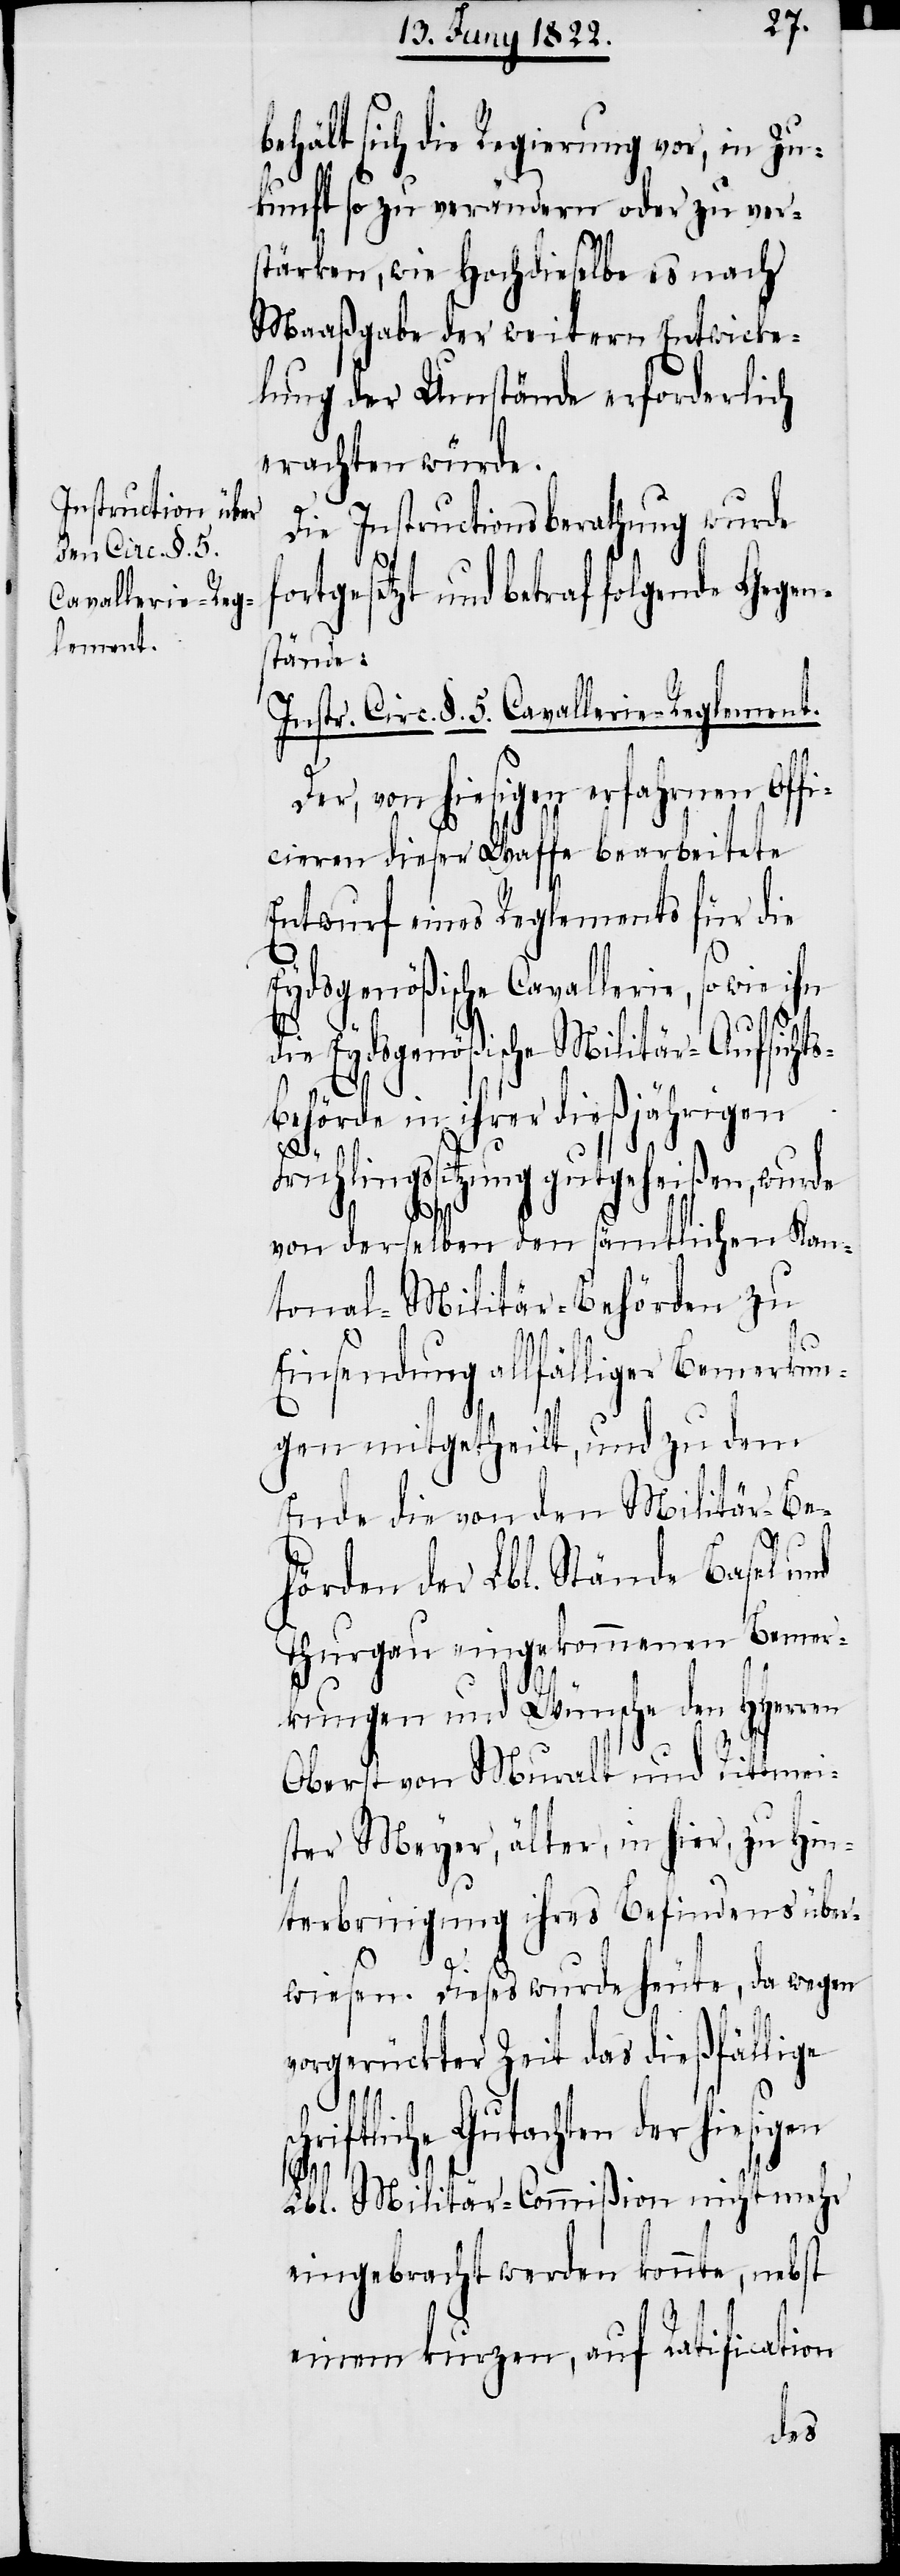
behält sich die Regierung vor, in Zu¬
kunft so zu verändern oder zu ver¬
stärken, wie Hochdieselbe es nach
Maaßgabe der weitern Entwick¬
lung der Umstände erforderlich
erachten würde.
Die Instructionsberathung wurde
fortgesetzt und betraf folgende Gegen¬
stände:
Instr. Circ. §. 5. Cavallerie-Reglement.
Der, von hiesigen erfahrenen Offi¬
cieren dieser Waffe bearbeitete
Entwurf eines Reglements für die
Eydsgenößische Cavallerie, so wie ihn
die Eydsgenößische Militär-Aufsicht¬
ehörde in ihrer dießjährigen
Frühlingssitzung gutgeheißen, wurde
von derselben den sämmtlichen Kan¬
tonal-Militär-Behörden zu
Einsendung allfälligen Bemerkun¬
gen mitgetheilt, und zu dem
Ende die von den Militär-Be¬
hörden der Lbl. Stände Basel und
Thurgau eingekommenen Bemer¬
kungen und Wünsche den HHerren
Oberst von Muralt und Rittmei¬
ster Meyer, älter, in hier, zu Hin¬
terbringung ihres Befindens über¬
wiesen. Dieses wurde heute, da wegen
vorgerückter Zeit das dießfällige
chriftliche Gutachten der hiesigen
s¬
Lbl. Militär-Commißion nicht mehr
eingebracht werden könnte, nebst
einem kurzen, auf Ratification